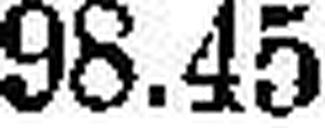
98.45